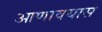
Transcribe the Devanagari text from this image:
आणावयास